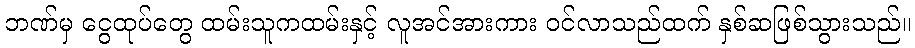
ဘဏ်မှ ငွေထုပ်တွေ ထမ်းသူကထမ်းနှင့် လူအင်အားကား ဝင်လာသည်ထက် နှစ်ဆဖြစ်သွားသည်။